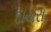
દાયરા